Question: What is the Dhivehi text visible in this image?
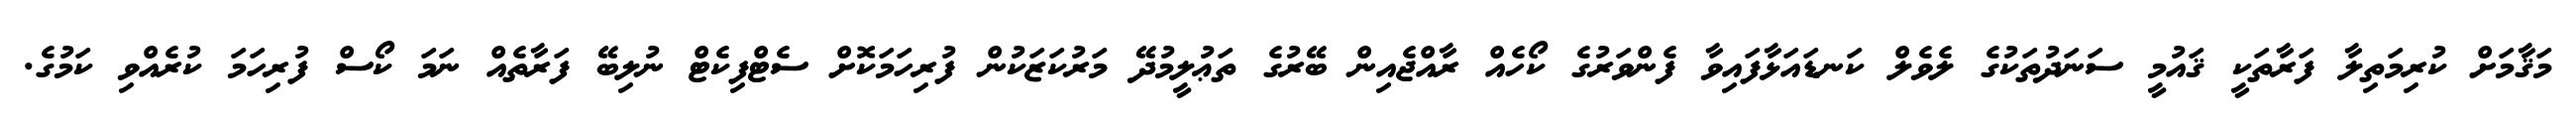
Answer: މަޤާމަށް ކުރިމަތިލާ ފަރާތަކީ ޤައުމީ ސަނަދުތަކުގެ ލެވެލް ކަނޑައަޅާފައިވާ ފެންވަރުގެ ކޯހެއް ރާއްޖެއިން ބޭރުގެ ތަޢުލީމުދޭ މަރުކަޒަކުން ފުރިހަމަކޮށް ސެޓްފިކެޓް ނުލިބޭ ފަރާތެއް ނަމަ ކޯސް ފުރިހަމަ ކުރެއްވި ކަމުގެ.